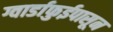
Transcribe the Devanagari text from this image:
ग्वार्डाफुईपासून